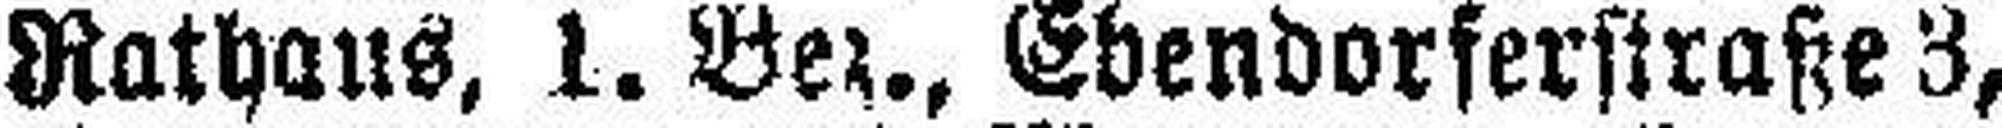
Rathaus, 1. Bez., Ebendorferstraße 3,